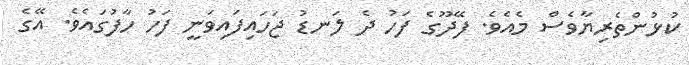
ކުޅުންތެރިޔާވެސް މެއެވެ. ފޭދޫގެ ފަހު ދެ ލަނޑު ޖަހައިފައިވަނީ ފަހު ހާފުގައެވެ. އޭގެ